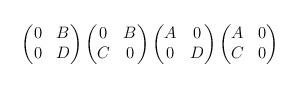
LaTeX: \begin{align*}\begin{pmatrix}0 & B\\0 & D\end{pmatrix}\begin{pmatrix}0 & B\\C & 0\end{pmatrix}\begin{pmatrix}A & 0\\0 & D\end{pmatrix}\begin{pmatrix}A & 0\\C & 0\end{pmatrix}\end{align*}